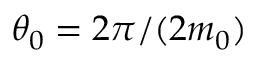
\theta _ { 0 } = 2 \pi / ( 2 m _ { 0 } )